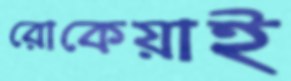
রোকেয়াই